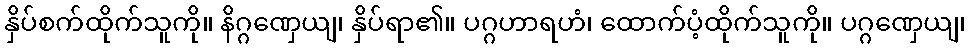
နှိပ်စက်ထိုက်သူကို။ နိဂ္ဂဏှေယျ၊ နှိပ်ရာ၏။ ပဂ္ဂဟာရဟံ၊ ထောက်ပံ့ထိုက်သူကို။ ပဂ္ဂဏှေယျ၊